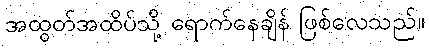
အထွတ်အထိပ်သို့ ရောက်နေချိန် ဖြစ်လေသည်။